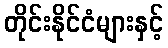
တိုင်းနိုင်ငံများနှင့်